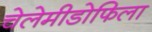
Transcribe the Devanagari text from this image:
चेलेमीडोफिला